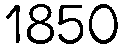
1850